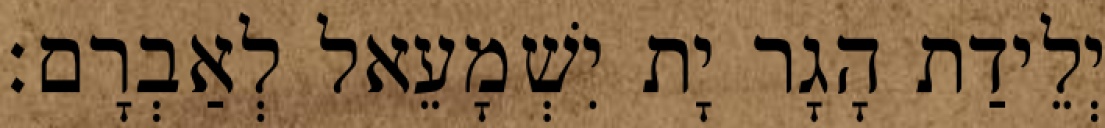
יְלֵידַת הָגָר יָת יִשְׁמָעֵאל לְאַבְרָם׃